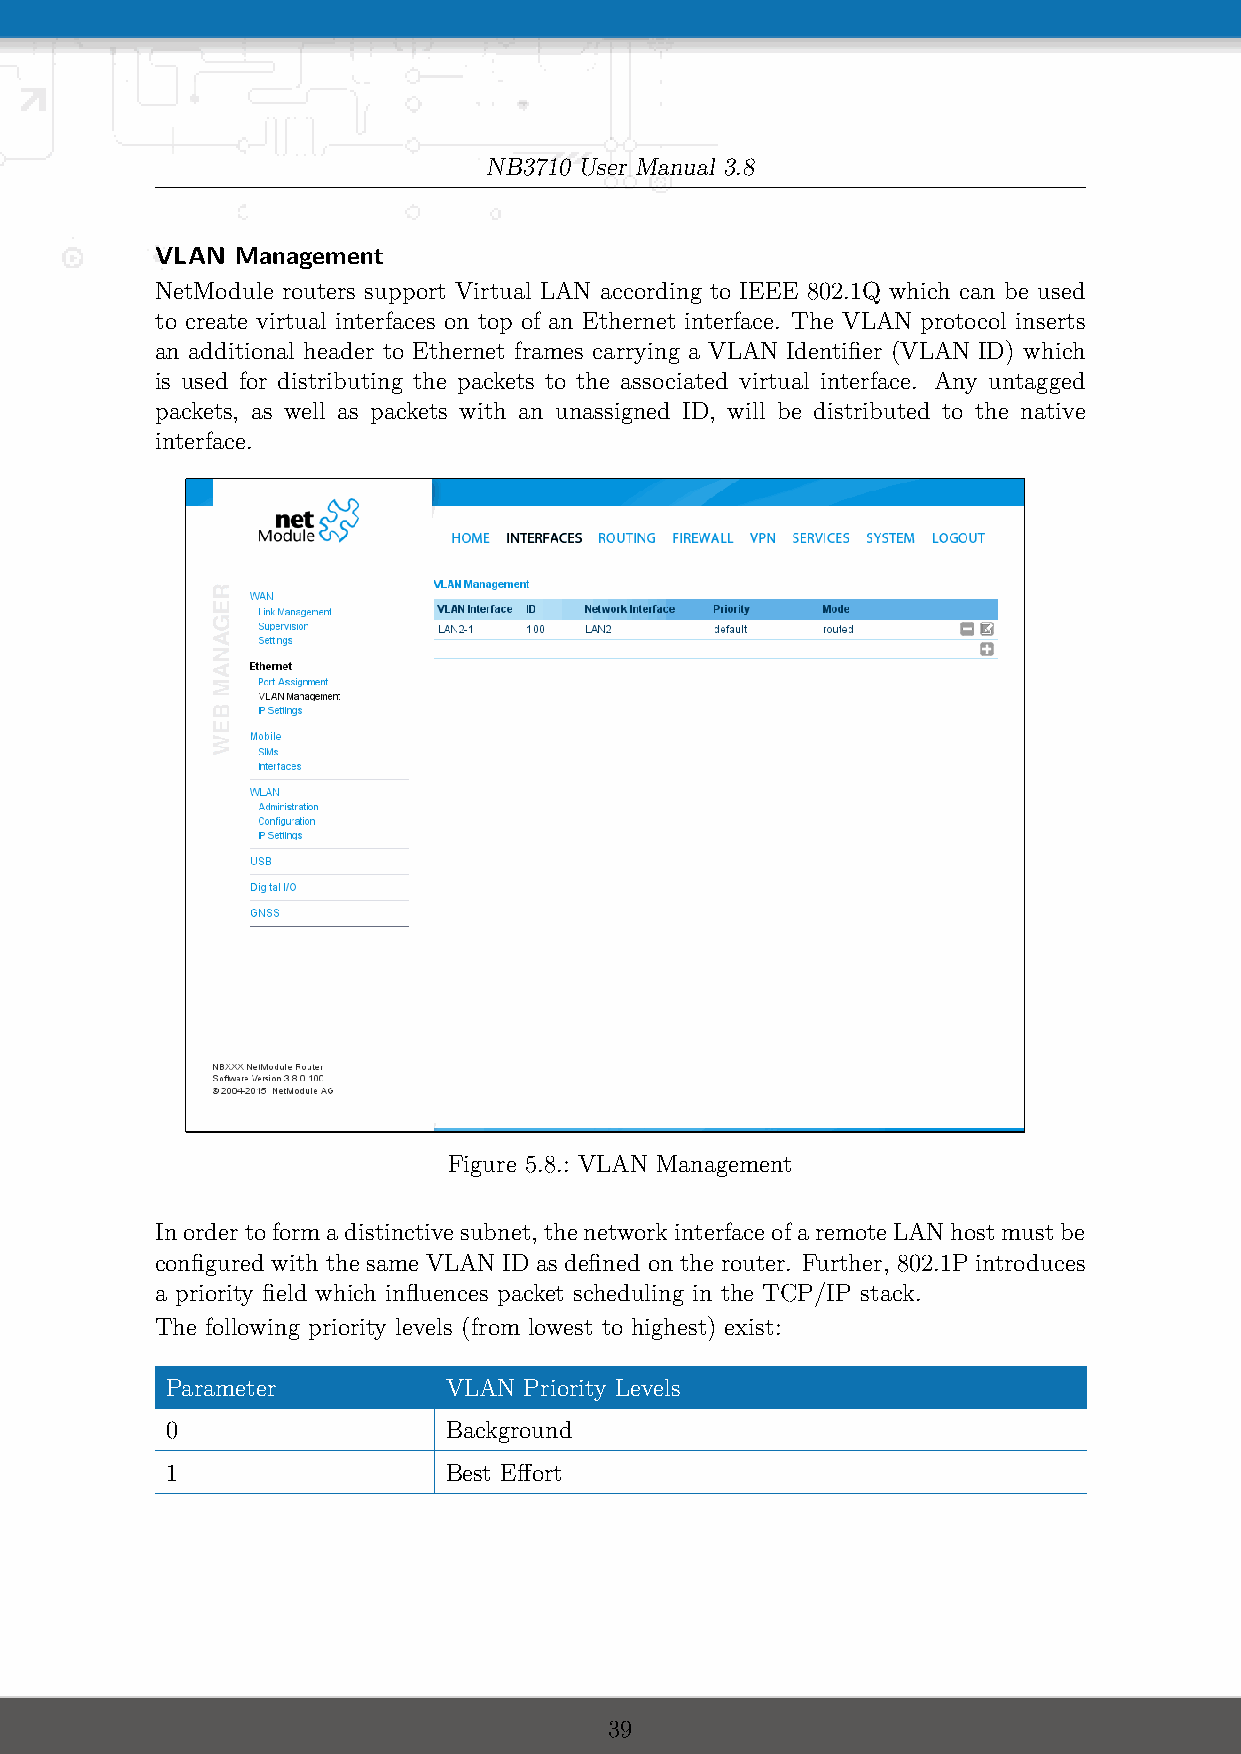
NB3710 User Manual 3.8
 VLAN  Management
 NetModule routers support Virtual LAN according to IEEE 802.1Q which can be used
 to create virtual interfaces on top of an Ethernet interface. The VLAN protocol inserts
 an additional header to Ethernet frames carrying a VLAN Identifier (VLAN ID) which
 is used for distributing the packets to the associated virtual interface. Any untagged
 packets, as well as packets with an unassigned ID, will be distributed to the native
 interface.
 Figure 5.8.: VLAN Management
 Inordertoformadistinctivesubnet, thenetworkinterfaceofaremoteLANhostmustbe
 configured with the same VLAN ID as defined on the router. Further, 802.1P introduces
 a priority field which influences packet scheduling in the TCP/IP stack.
 The following priority levels (from lowest to highest) exist:
 Parameter         VLAN  Priority Levels
 0                 Background
 1                 Best Effort
 39